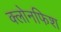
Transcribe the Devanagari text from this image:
क्लोनफिश